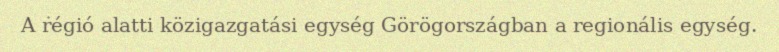
A régió alatti közigazgatási egység Görögországban a regionális egység.